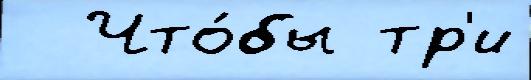
  Что́бы тр'и